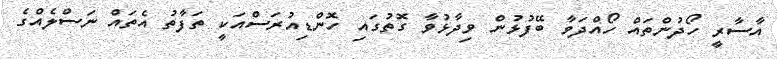
އާސާރީ ހޯދުންތައް ހޯއްދަވާ ބޭފުޅުން ވިދާޅުވާ ގޮތުގައި ހޮންޑިއުރަސްއަކީ ތަފާތު އެތައް ނަސްލެއްގެ